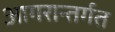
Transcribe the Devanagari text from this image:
आगरान्तर्गत